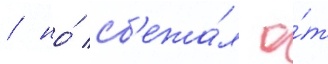
/ но́ сб'ежа́л о́т